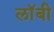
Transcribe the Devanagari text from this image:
लाॅबी